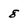
Character: 8